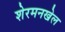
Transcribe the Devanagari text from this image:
शेरमनखेल